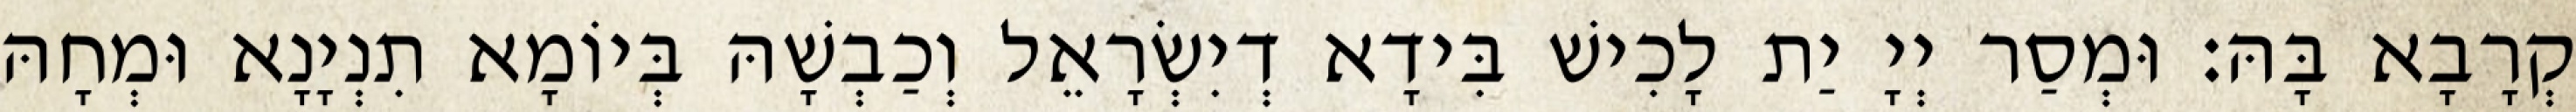
קְרָבָא בָּהּ׃ וּמְסַר יְיָ יַת לָכִישׁ בִּידָא דְיִשְׂרָאֵל וְכַבְשָׁהּ בְּיוֹמָא תִנְיָנָא וּמְחָהּ